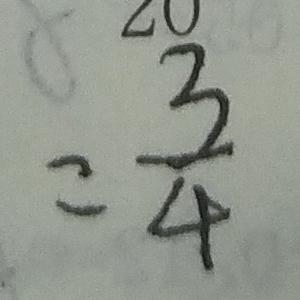
= \frac { 3 } { 4 }